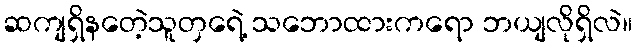
ဆကျရှိနတေဲ့သူတှရေဲ့ သဘောထားကရော ဘယျလိုရှိလဲ။